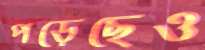
পড়েছেও